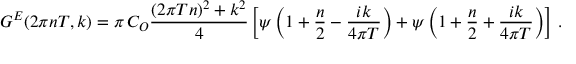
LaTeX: G ^ { E } ( 2 \pi n T , k ) = \pi \, C _ { \cal { O } } { \frac { ( 2 \pi T n ) ^ { 2 } + k ^ { 2 } } { 4 } } \left[ \psi \left( 1 + { \frac { n } { 2 } } - { \frac { i k } { 4 \pi T } } \right) + \psi \left( 1 + { \frac { n } { 2 } } + { \frac { i k } { 4 \pi T } } \right) \right] \, .